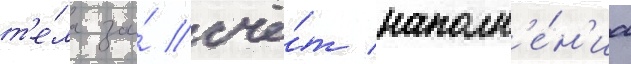
т'е́ла за́ счё́т наполн'е́н'иа